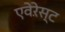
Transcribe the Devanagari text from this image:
एवेऱेस्ट